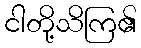
ငါတို့သိကြ၏